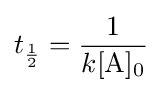
t_{\frac {1}{2}}={\frac {1}{k{\ce {[A]0}}}}